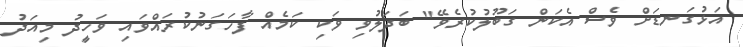
އަޅުގަނޑަށް ވެސް އެކަން ގަބޫލުކުރެވޭ" ބަދަލުވި ވަކި ކަމެއް ފާހަގަނުކުރައްވައި ވަހީދު މިއަދު